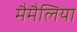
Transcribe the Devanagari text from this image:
मैमैलिया